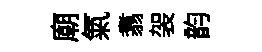
廟氣翥袈韵